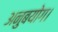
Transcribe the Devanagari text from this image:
अनुबयोग।